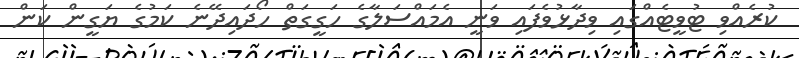
ކުރެއްވި ޓުވީޓެއްގައި ވިދާޅުވެފައި ވަނީ އެމައްސަލާގެ ހަގީގަތް ހޯދައިދޭނެ ކަމުގެ ޔަގީން ކަން